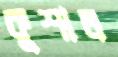
কুশাল